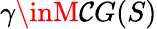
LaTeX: \gamma\inM\mathcal{C}G(S)